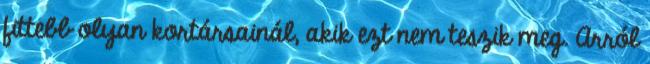
fittebb olyan kortársainál, akik ezt nem teszik meg. Arról